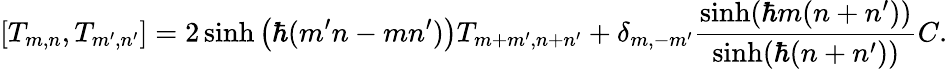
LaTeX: [T_{m,n},T_{m^{\prime},n^{\prime}}]=2\sinh\left(\hbar(m^{\prime}n-mn^{\prime})\right)T_{m+m^{\prime},n+n^{\prime}}+\delta_{m,-m^{\prime}}\frac{\sinh(\hbar m(n+n^{\prime}))}{\sinh(\hbar(n+n^{\prime}))}C.